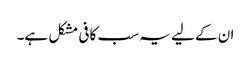
ان کے لیے یہ سب کافی مشکل ہے۔